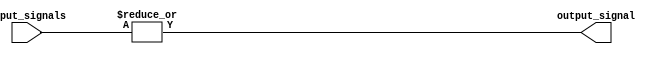
module or_gate(
    input [31:0] input_signals,
    output output_signal
);

assign output_signal = |input_signals;

endmodule